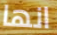
انها